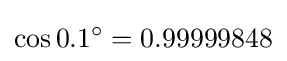
\cos 0.1^{\circ }=0.99999848